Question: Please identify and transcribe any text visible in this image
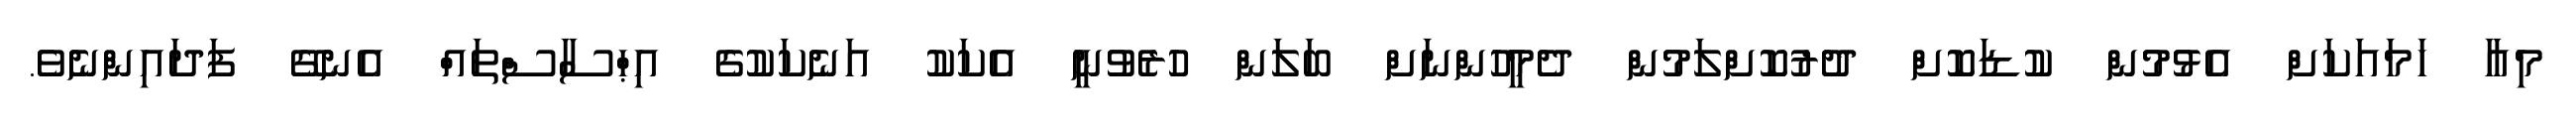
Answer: މިއާ ހަމައަކަށް އެޅުމުން ކުޑަކޮށް ދުރުކޮށްލަމުން ދެމީހުންނަށް ބަލަން ހުރެވުނީ އެކަކު އަނެކަކުގެ އިޙްސާސްތައް އެނގޭ ފަދައިންނެވެ.